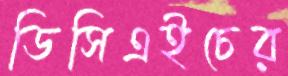
ডিসিএইচের